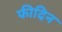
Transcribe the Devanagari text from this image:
फीदिन